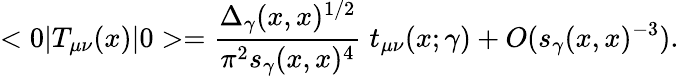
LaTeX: <0|T_{\mu\nu}(x)|0>={\frac{\Delta_{\gamma}(x,x)^{1/2}}{\pi^{2}s_{\gamma}(x,x)^{4}}}\; t_{\mu\nu}(x;\gamma)+O(s_{\gamma}(x,x)^{-3}).